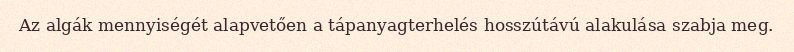
Az algák mennyiségét alapvetően a tápanyagterhelés hosszútávú alakulása szabja meg.